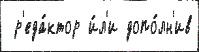
 р'еда́ктор и́л'и допо́лн'ив